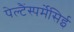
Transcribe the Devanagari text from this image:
पेल्टैंस्पर्मेसिई